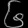
Digit: ၆